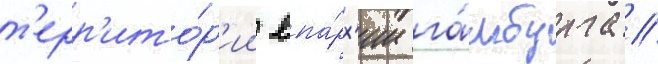
т'ерр'ито́р'ии епа́рх'ии га́мбурга //